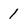
Character: 1